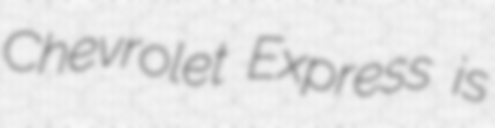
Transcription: Chevrolet Express is